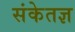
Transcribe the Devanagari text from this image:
संकेतज्ञ